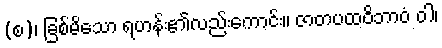
(စ)၊ ခြစ်မိသော ရဟန်း၏လည်းကောင်း။ ဇာတပထဝိဘာဝံ ဝါ၊